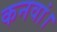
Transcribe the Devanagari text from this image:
कनवां।